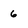
Character: 6